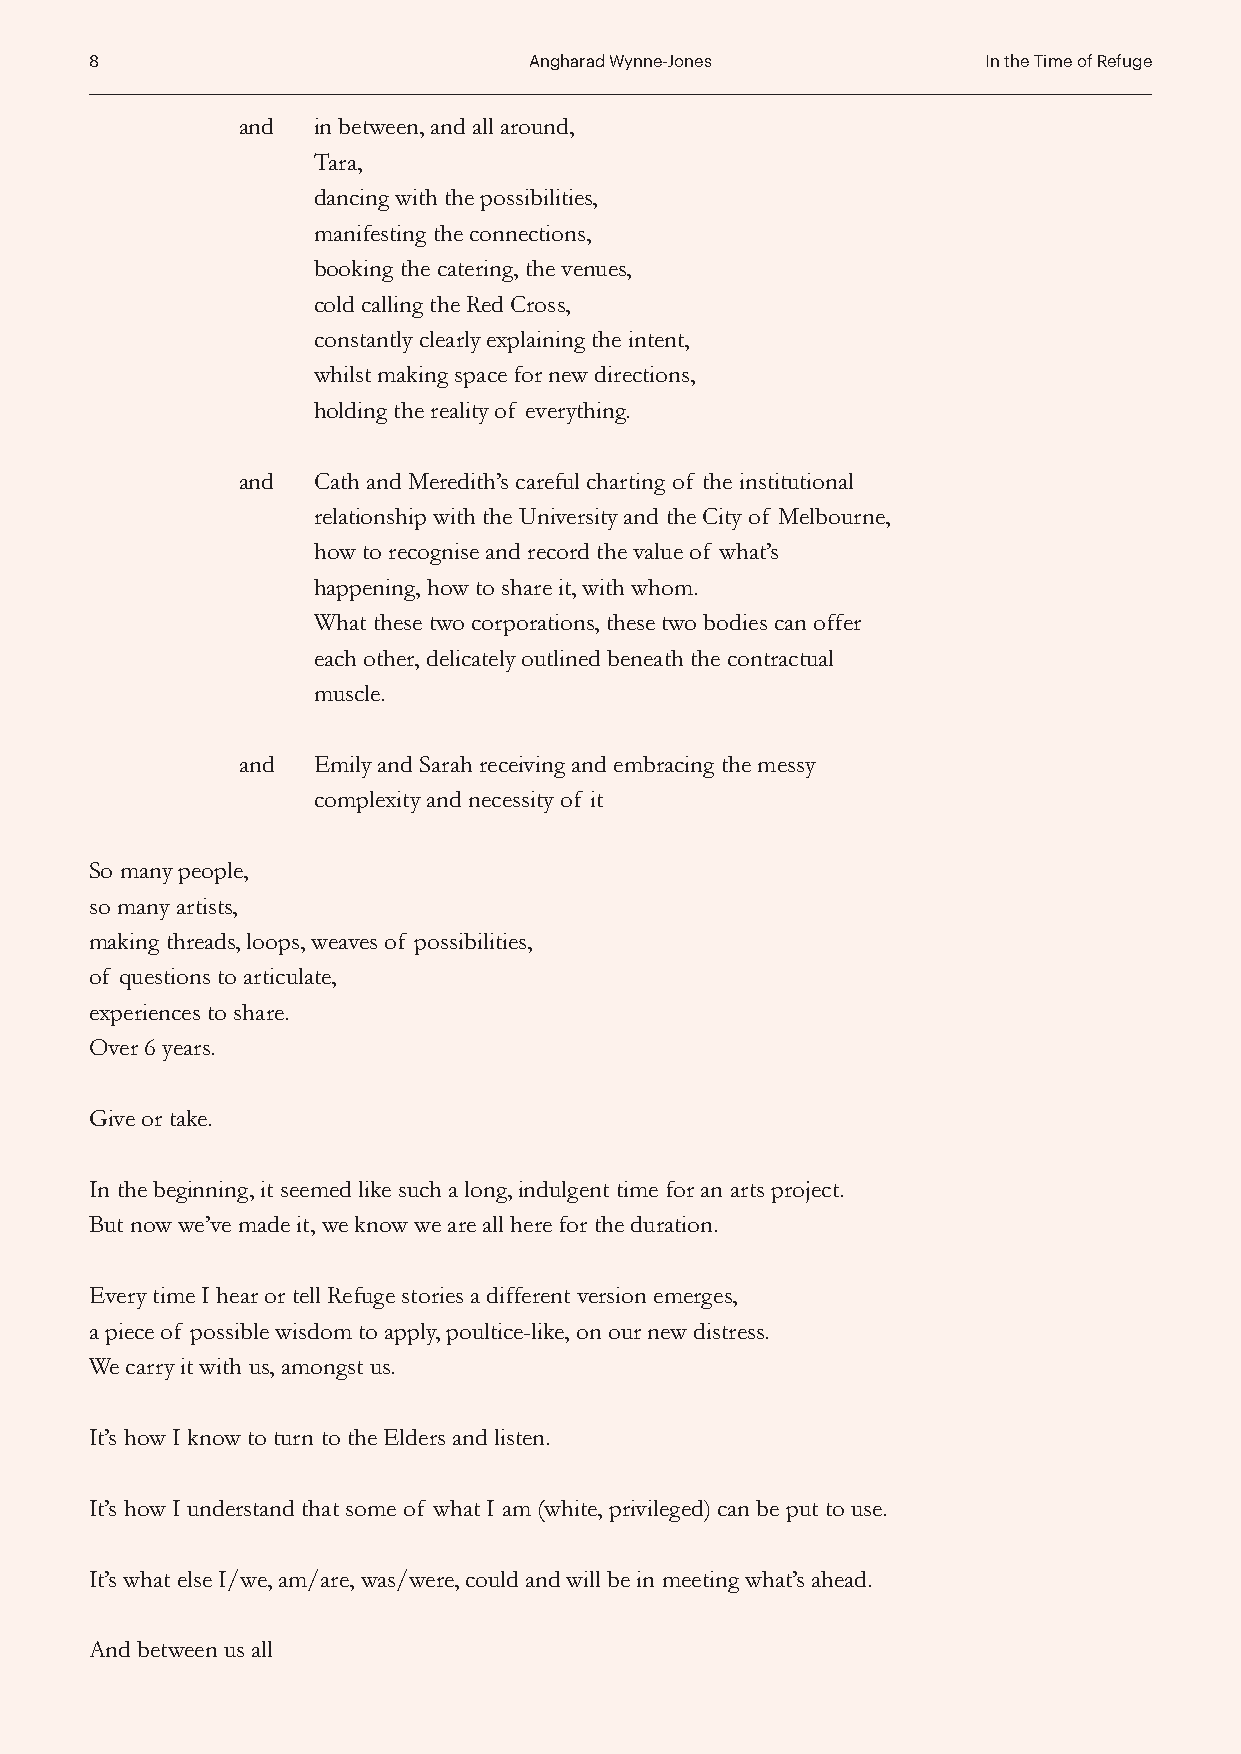
8                            Angharad Wynne-Jones          In the Time of Refuge
 and  in between, and all around,
 Tara,
 dancing with the possibilities,
 manifesting the connections,
 booking the catering, the venues,
 cold calling the Red Cross,
 constantly clearly explaining the intent,
 whilst making space for new directions,
 holding the reality of everything.
 and  Cath and Meredith’s careful charting of the institutional
 relationship with the University and the City of Melbourne,
 how to recognise and record the value of what’s
 happening, how to share it, with whom.
 What these two corporations, these two bodies can offer
 each other, delicately outlined beneath the contractual
 muscle.
 and  Emily and Sarah receiving and embracing the messy
 complexity and necessity of it
 So many people,
 so many artists,
 making threads, loops, weaves of possibilities,
 of questions to articulate,
 experiences to share.
 Over 6 years.
 Give or take.
 In the beginning, it seemed like such a long, indulgent time for an arts project.
 But now we’ve made it, we know we are all here for the duration.
 Every time I hear or tell Refuge stories a different version emerges,
 a piece of possible wisdom to apply, poultice-like, on our new distress.
 We carry it with us, amongst us.
 It’s how I know to turn to the Elders and listen.
 It’s how I understand that some of what I am (white, privileged) can be put to use.
 It’s what else I/we, am/are, was/were, could and will be in meeting what’s ahead.
 And between us all